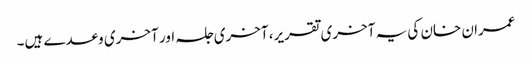
عمران خان کی یہ آخری تقریر، آخری جلسہ اور آخری وعدے ہیں۔